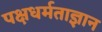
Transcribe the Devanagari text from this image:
पक्षधर्मताज्ञान